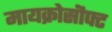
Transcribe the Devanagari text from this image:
मायक्रोसॊफ्ट